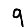
Digit: 9